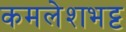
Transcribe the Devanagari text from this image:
कमलेशभट्ट